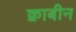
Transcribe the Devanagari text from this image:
क्वाबीन